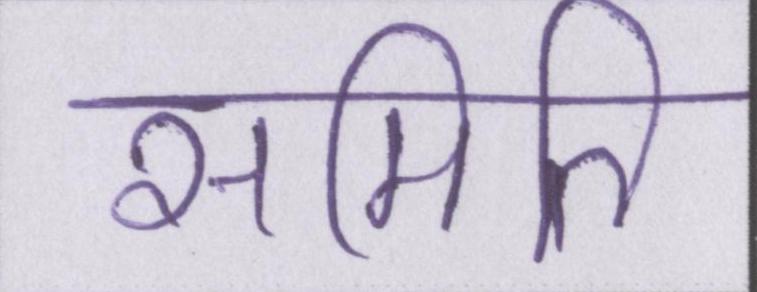
समिति